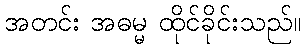
အတင်း အဓမ္မ ထိုင်ခိုင်းသည်။